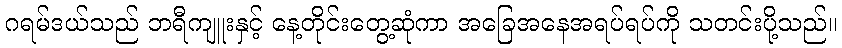
ဂရမ်ဒယ်သည် ဘရီကျူးနှင့် နေ့တိုင်းတွေ့ဆုံကာ အခြေအနေအရပ်ရပ်ကို သတင်းပို့သည်။